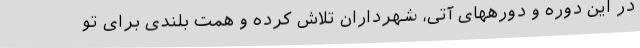
در این دوره و دورههای آتی، شهرداران تلاش کرده و همت بلندی برای تو